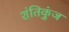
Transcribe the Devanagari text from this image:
शंतिकुंज